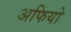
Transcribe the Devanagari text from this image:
अफियो